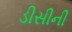
ડીસીની